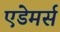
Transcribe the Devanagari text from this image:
एडेमर्स